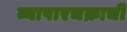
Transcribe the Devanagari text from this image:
व्यापारचक्राची